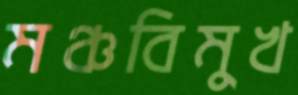
মঞ্চবিমুখ